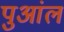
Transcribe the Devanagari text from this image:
पुआंल